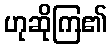
ဟုဆိုကြ၏